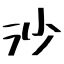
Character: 沙